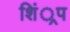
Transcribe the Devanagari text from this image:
शिं्रप